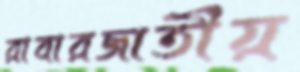
রাবারজাতীয়